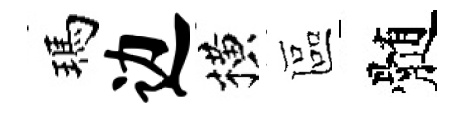
瑪边横區髄